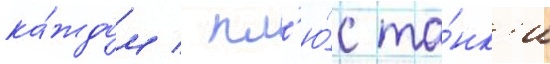
ка́ждом / пл'ю́с та́нк'и